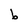
Character: b